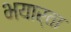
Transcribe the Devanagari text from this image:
भयार्ता